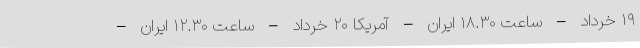
۱۹ خرداد – ساعت ۱۸.۳۰ ایران – آمریکا ۲۰ خرداد – ساعت ۱۲.۳۰ ایران –